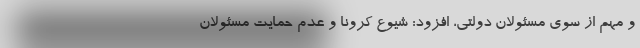
و مهم از سوی مسئولان دولتی، افزود: شیوع کرونا و عدم حمایت مسئولان